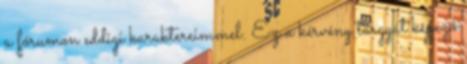
a fórumon eddigi karaktereimmel. Ez a kérvény tárgyát képező